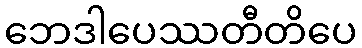
ဘေဒါပေဿတီတိပေ